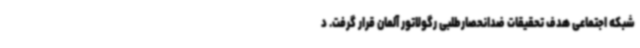
شبکه اجتماعی هدف تحقیقات ضدانحصارطلبی رگولاتور آلمان قرار گرفت. د